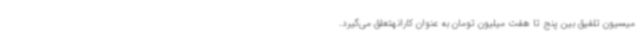
میسیون تلفیق بین پنج تا هفت میلیون تومان به عنوان کارانهتعلق می‌گیرد.